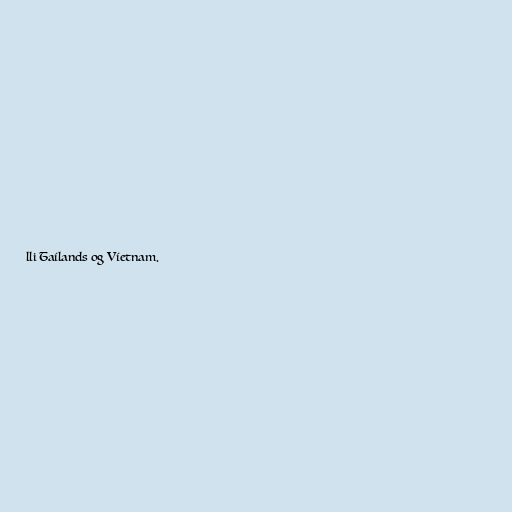
lli Taílands og Víetnam.